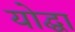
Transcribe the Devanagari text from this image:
योद्घा